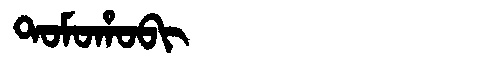
Manchu: ᡨᠣᠮᠣᡥᠣᠪᡳ
Romanization: TOMOHOBI